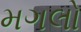
મગલો